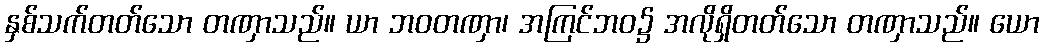
နှစ်သက်တတ်သော တဏှာသည်။ ယာ ဘဝတဏှာ၊ အကြင်ဘဝ၌ အလိုရှိတတ်သော တဏှာသည်။ ယော